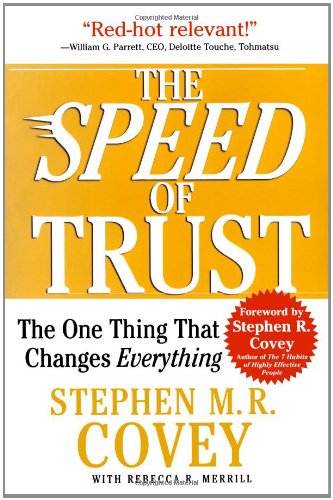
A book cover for The SPEED of Trust: The One Thing That Changes Everything; Stephen M.R. Covey; Self-Help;